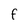
Character: F